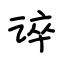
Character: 谇